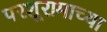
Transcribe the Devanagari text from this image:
परशूरामाच्या